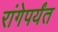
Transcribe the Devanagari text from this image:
रांगेपर्यंत